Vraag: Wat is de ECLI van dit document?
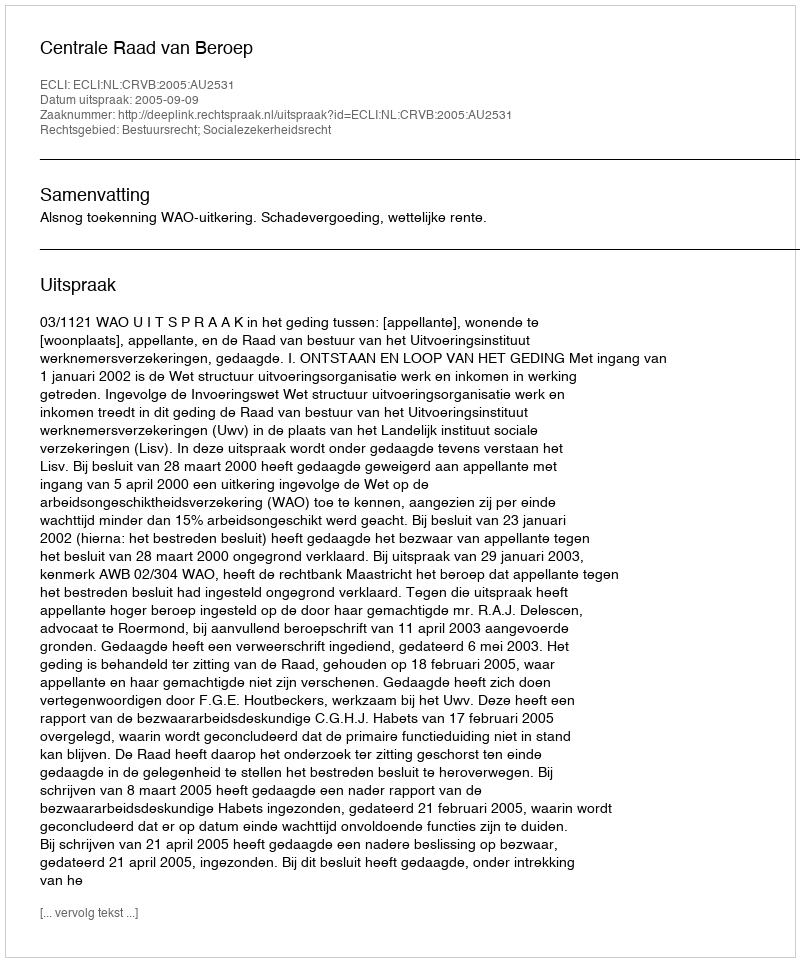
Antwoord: ECLI:NL:CRVB:2005:AU2531